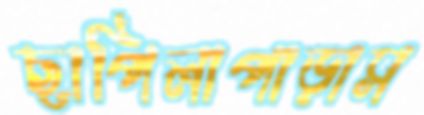
ছাপিলাপাড়াস